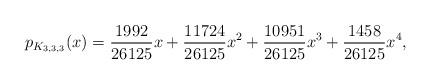
LaTeX: \begin{align*}p_{K_{3,3,3}}(x)= \frac{ 1992}{26125}x+\frac{11724}{26125}x^2+\frac{10951}{26125}x^3+\frac{ 1458}{26125}x^4,\end{align*}